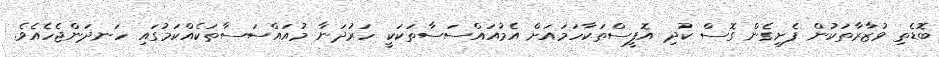
ބޮޑެތި ވުޒާރާތަކުން ފެށިގެން ގޮސް ކުދި އޮފީސްތަކާހަމައަށް އެމުއައްސަސާތަކަކީ ހަރުދަނާ މުއައްސަސާތަކެއްކަމުގައި ހަނދަންޖެހެއެވެ.